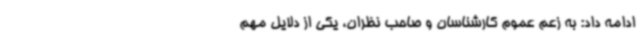
ادامه داد: به زعم عموم کارشناسان و صاحب نظران،‌ یکی از دلایل مهم